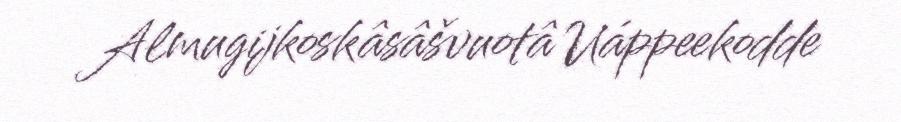
Almugijkoskâsâšvuotâ Uáppeekodde